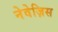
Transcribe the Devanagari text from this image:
नेवेज़िस